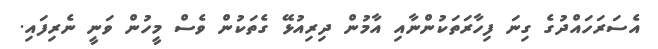
އެސަރަހައްދުގެ ގިނަ ފިހާރަތަކުންނާއި އާމުން ދިރިއުޅޭ ގެތަކުން ވެސް މީހުން ވަނީ ނެރިފައި.